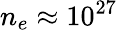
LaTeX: n_{e}\approx 10^{27}